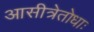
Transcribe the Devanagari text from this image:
आसीत्रेतोधाः